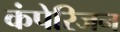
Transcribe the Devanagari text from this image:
कंपेरिजन